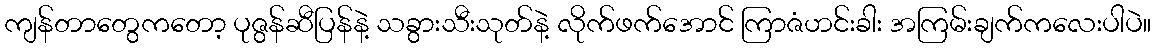
ကျန်တာတွေကတော့ ပုဇွန်ဆီပြန်နဲ့ သခွားသီးသုတ်နဲ့ လိုက်ဖက်အောင် ကြာဇံဟင်းခါး အကြမ်းချက်ကလေးပါပဲ။